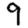
Digit: 9